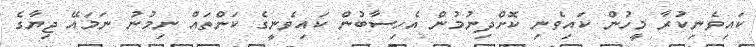
ކައިވެނިކުރާ މީހުން ކައިވެނި ކޮށްދިނުމުން އެހިސާބުން ކައިވެނީގެ ކަންތައް ނިމުނު ނަމައޭ ޖިޔާގެ